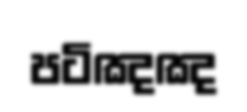
පටිඤඤ